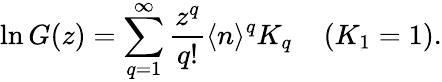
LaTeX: \ln G(z)=\sum_{q=1}^{\infty}\frac{z^{q}}{q!}\langle n\rangle^{q}K_{q}\; \; \; \; (K_{1}=1).